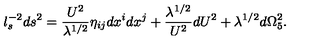
l _ { s } ^ { - 2 } d s ^ { 2 } = { \frac { U ^ { 2 } } { \lambda ^ { 1 / 2 } } } \eta _ { i j } d x ^ { i } d x ^ { j } + { \frac { \lambda ^ { 1 / 2 } } { U ^ { 2 } } } d U ^ { 2 } + \lambda ^ { 1 / 2 } d \Omega _ { 5 } ^ { 2 } .